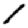
Digit: 1